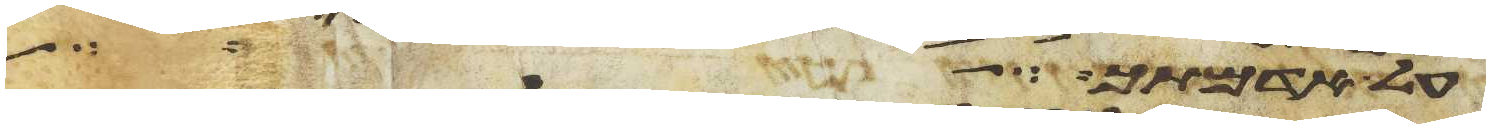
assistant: על האדם ועל